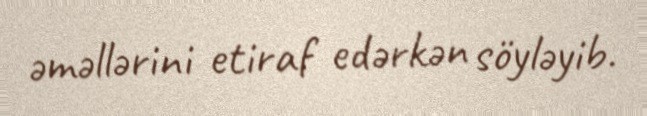
əməllərini etiraf edərkən söyləyib.